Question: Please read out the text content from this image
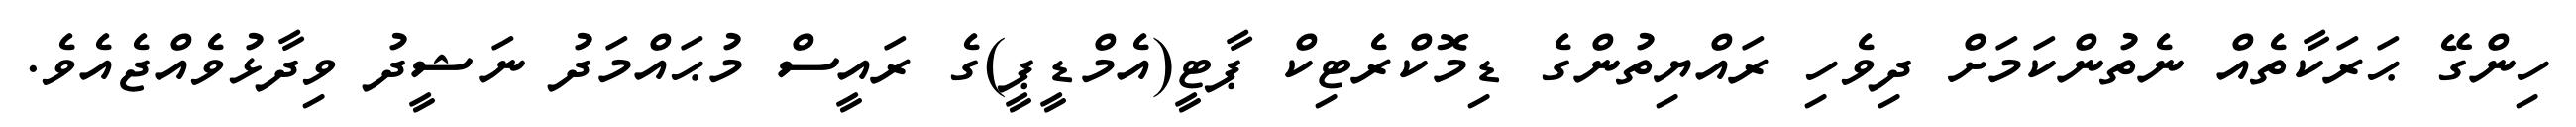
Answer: ހިންގޭ ޙަރަކާތެއް ނެތުންކަމަށް ދިވެހި ރައްޔިތުންގެ ޑިމޮކްރެޓިކް ޕާޓީ(އެމްޑީޕީ)ގެ ރައީސް މުޙައްމަދު ނަޝީދު ވިދާޅުވެއްޖެއެވެ.